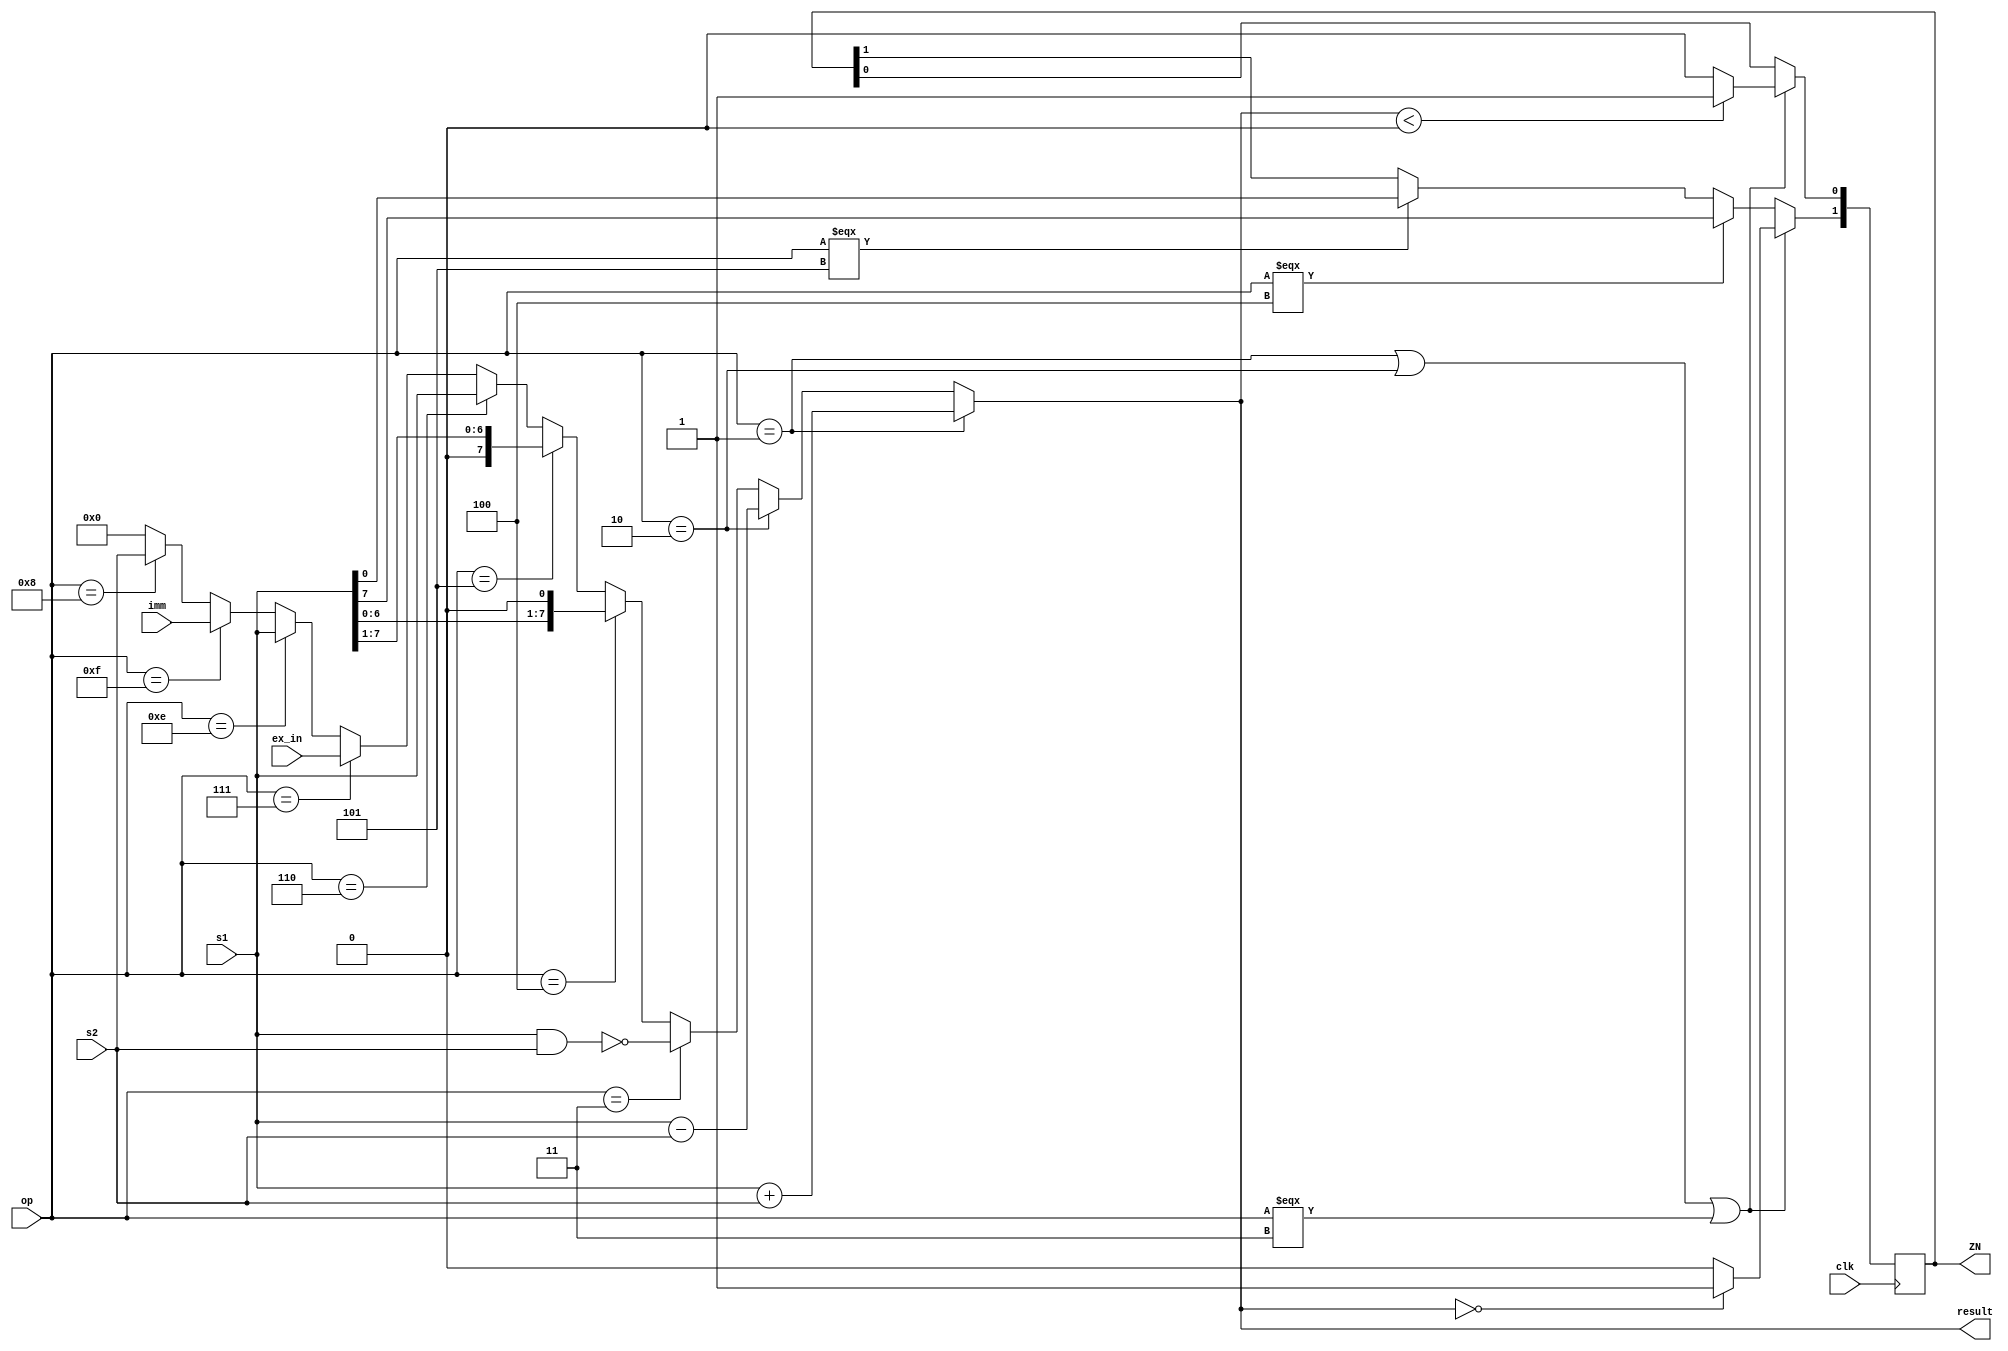

// -----------------------------------ALU------------------------------------------
module ALU (
    input signed [7:0] ex_in,
    input signed [7:0] imm,
    input signed [7:0] s1, // first oprand
    input signed [7:0] s2,// second oprand
    input [3:0] op, // depends on the opration code
    input clk,
    output signed [7:0] result, // the calculation output
    output reg [1:0] ZN = 2'b00
);
assign result = (op == 4'h1) ? s1 + s2 : //ADD
                (op == 4'h2) ? s1 - s2: //MOVE
                (op == 4'h3) ? ~(s1 & s2) : //NAND
                (op == 4'h4) ? {s1[6:0], 1'b0} : //SHL
                (op == 4'h5) ? {1'b0, s1[7:1]} : //SHR
                (op == 4'h6) ? s1 : //OUT
                (op == 4'h7) ? ex_in : //IN
                (op == 4'he) ? s1 : //STORE
                (op == 4'hf) ? imm : //LOADIMM
                (op == 4'h8) ? s2 : 8'h0;//MOV
always @(negedge clk ) begin
    if (op == 4'h1 || op == 4'h2 || op === 4'h3) begin //ADD, SUB, NAND
        ZN[1] <= (result == 0) ? 1'b1 : 1'b0;
        ZN[0] <= (result < 0) ? 1'b1 : 1'b0;
    end
    else if (op === 4'h4) begin //SHL
        ZN[1] <= s1[7];
    end
    else if (op === 4'h5) begin //SHR
        ZN[1] <= s1[0];
    end
end
endmodule